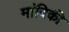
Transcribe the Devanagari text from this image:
मांविकी